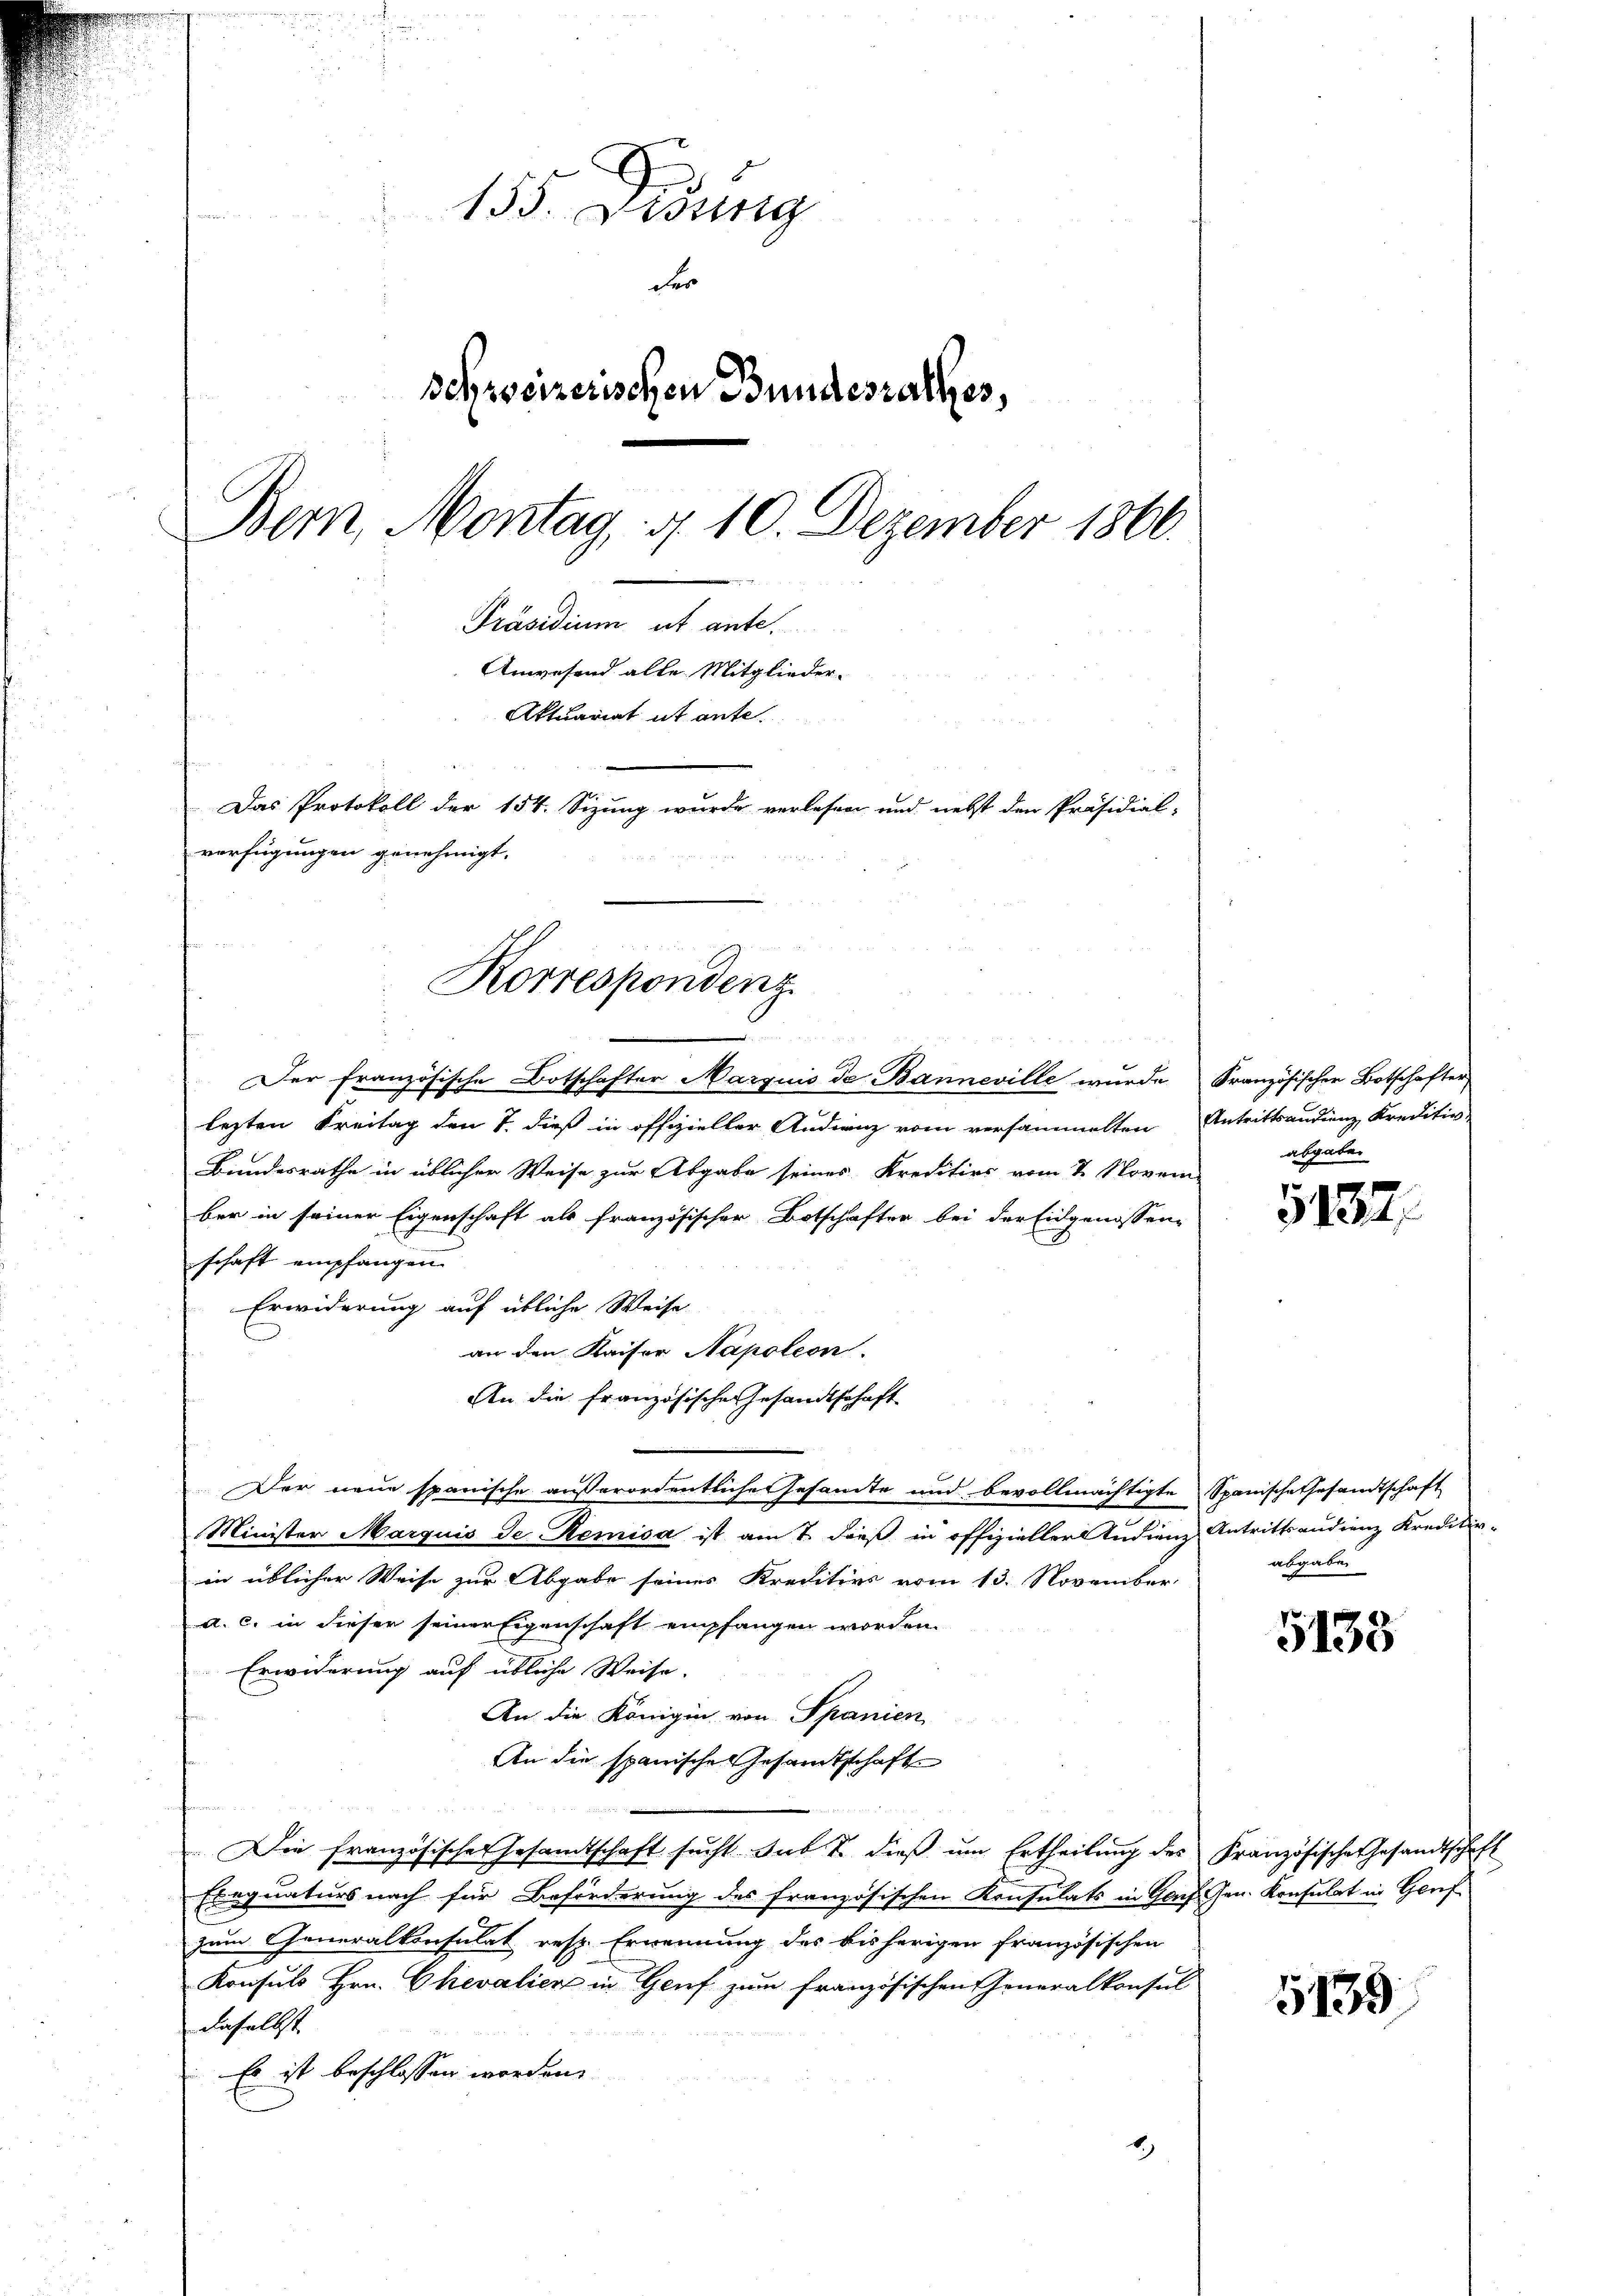
155. Didung
der
schweizerischen Bundesrathes,
Bern, Montag, d. 10. Dezember 1866.
Präsidium ut ante.
Anwesend alle Mitglieder-
Aktuariat it ante.
Das Protokoll der 154. Sizung wurde verlesen und nebst den Präsidial-
verfügungen genehmigt.

Der französische Botschafter Marquis de Banneville wurde Französischer Botschafter
lezten Freitag den 7. dieß in offizieller Audienz vom versammelten Antrittsandieng Kreditiv-
Bundesrathe in üblicher Weise zur Abgabe seines Kredition vom 2. Novem
ber in seiner Eigenschaft als französischer Botschafter bei der Eidgenossen-
schaft empfangen.
Erwiderung auf übliche Weise
an den Kaiser Napoleon
An die französische Gesandtschaft
Der neue spanische außerordentliche Gesamte und bevollmächtigte Spanische Gesandtschaft
Minister Marquis de Remisa ist am 7. dieß in offizieller Indienz Antrittsaudienz Kreditir-
in üblicher Weise zur Abgabe seines Kreditivs vom 13. November
a. c. in dieser seiner Eigenschaft empfangen worden.
Erwiderung auf übliche Weise.
An die Königin von Spanien
An die spanische Gesamtschaft
Die französisches Gesandtschaft sucht sub 2. dieß um Ertheilung des Französische Gesandtschaft
Ebequaturs nach für Beförderung des französischen Konsulats in Genf. Gen. Konsulat in Genf
zum Generalkonsulat resp. Ernennung des bisherigen französischen
Konsuls Hrn. Chevalien in Genf zum französischen Generalkonsul
daselbst
Es ist beschlossen worden.

Korrespondenz
.

abgabe.

5137.

abgaben

5133

5139